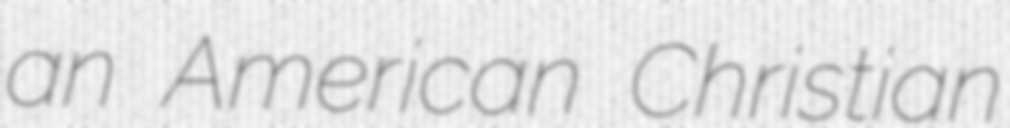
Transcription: an American Christian